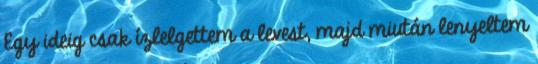
Egy ideig csak ízlelgettem a levest, majd miután lenyeltem